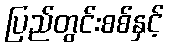
ပြည်တွင်းစစ်နှင့်